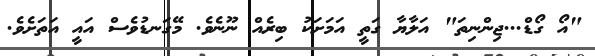
"އޯ ގޯޑް...ޖިންނިތަ" އަލާޔާ ގަތީ އަމަށަކު ބިރެއް ނޫނެވެ. މޭގަނޑުވެސް އައީ އަތަށެވެ.